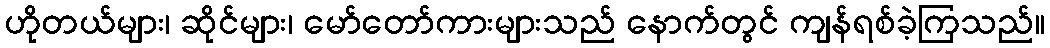
ဟိုတယ်များ၊ ဆိုင်များ၊ မော်တော်ကားများသည် နောက်တွင် ကျန်ရစ်ခဲ့ကြသည်။